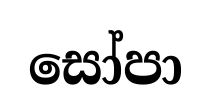
සෝපා